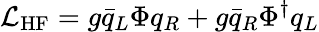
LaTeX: {\cal L}_{\mathrm{HF}}=g\bar{q}_{L}\Phi q_{R}+g\bar{q}_{R}\Phi^{\dagger}q_{L}